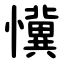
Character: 懻